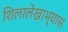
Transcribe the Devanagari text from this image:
शिलालेखाभ्यास